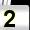
Digit: 2